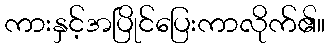
ကားနှင့်အပြိုင်ပြေးကာလိုက်၏။